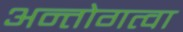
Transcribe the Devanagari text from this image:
अन्तोगत्वा